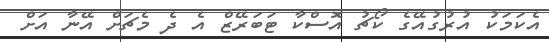
އެކަމަކު އުރުގުއޭގެ ކޯޗު އޮސްކާ ޓަބަރޭޒް އެ ދެ މެޗަށް އޭނާ އަށް